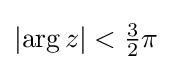
\left|\arg z\right|<{\tfrac {3}{2}}\pi